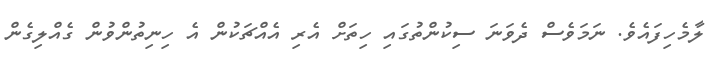
ލާމެހިފައެވެ. ނަމަވެސް ދެވަނަ ސިކުންތުގައި ހިތަށް އެރި އެއްޗަކުން އެ ހިނިތުންވުން ގެއްލިގެން